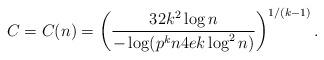
LaTeX: \begin{align*}C=C(n)=\left(\frac {32 k^2 \log n}{-\log( p^k n 4ek\log^2 n)} \right)^{1/(k-1)}.\end{align*}